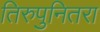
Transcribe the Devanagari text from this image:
तिरुपुनितरा